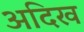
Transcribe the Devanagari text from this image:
अदिख